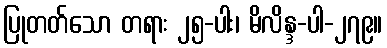
ပြုတတ်သော တရား ၂၅-ပါး၊ မိလိန္ဒ-ပါ-၂၇၉။